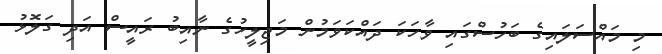
މި މައްސަލައިގެ ބަހުސްގައި ވާހަކަ ދައްކަވަމުން މަޖިލީހުގެ ނާއިބު ރައީސް އަދި ގަލޮޅު